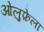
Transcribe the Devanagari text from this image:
ओलुफ़ेला